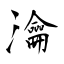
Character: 瀹